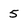
Character: 5